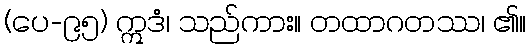
(ပေ-၉၅) ဣဒံ၊ သည်ကား။ တထာဂတဿ၊ ၏။